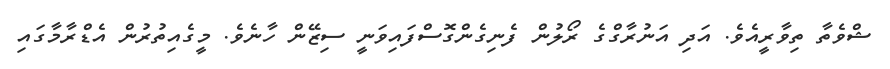
ޝްވެތާ ތިވާރީއެވެ. އަދި އަނުރާގްގެ ރޯލުން ފެނިގެންގޮސްފައިވަނީ ސިޒޭން ހާނެވެ. މީގެއިތުރުން އެޑްރާމާގައި